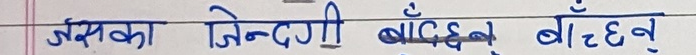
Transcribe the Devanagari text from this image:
नसका जिन्दगी बाँच्दछन् बाँच्दछन्